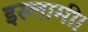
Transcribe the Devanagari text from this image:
इस्लामी।